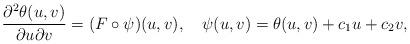
LaTeX: \begin{align*}\frac{\partial^2\theta(u,v)}{\partial u\partial v}=(F\circ\psi)(u,v), \quad\psi(u,v)=\theta(u,v)+c_1u+c_2v,\end{align*}